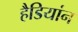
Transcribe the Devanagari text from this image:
हैडियांन